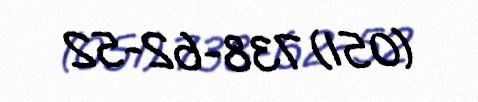
(051) 738-62-52